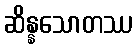
ဆိန္နသောတဿ